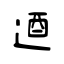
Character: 逎